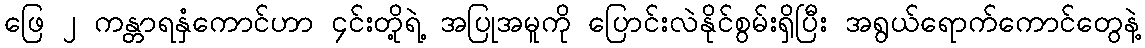
ဖြေ ၂ ကန္တာရနှံကောင်ဟာ ၄င်းတို့ရဲ့ အပြုအမူကို ပြောင်းလဲနိုင်စွမ်းရှိပြီး အရွယ်ရောက်ကောင်တွေနဲ့